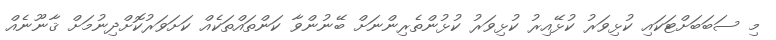
މި ސަބަބަށްޓަކައި ކުޅިވަރު ކުޅޭއިރު ކުޅިވަރު ކުޅުންތެރިންނަށް ބޭނުންވާ ކަންތައްތަކެއް ކަށަވަރުކޮށްދިނުމަށް ޤާނޫނެއް